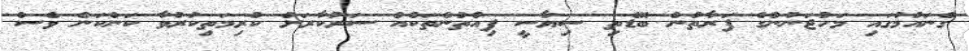
ގެނައުމުގައި މަހުޖަނުންގެ ފަރާތުން ބޮޑެތި ސިޔާސީ ފިއްތުންތަކެއް ސަރުކާރަށް ކުރިމަތިކުރުވާ ކަންކަން ވެސް